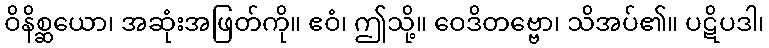
ဝိနိစ္ဆယော၊ အဆုံးအဖြတ်ကို။ ဧဝံ၊ ဤသို့။ ဝေဒိတဗ္ဗော၊ သိအပ်၏။ ပဋိပဒါ၊